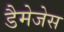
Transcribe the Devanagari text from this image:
डैमेजेस